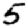
Digit: 5